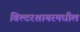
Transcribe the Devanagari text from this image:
विल्टरशायरमधील